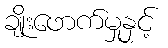
ချိုးဖောက်မှုနှင့်